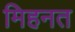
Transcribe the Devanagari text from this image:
मिहनत